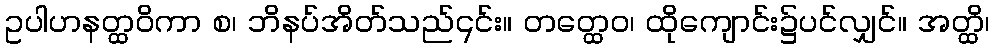
ဥပါဟနတ္ထဝိကာ စ၊ ဘိနပ်အိတ်သည်၎င်း။ တတ္ထေဝ၊ ထိုကျောင်း၌ပင်လျှင်။ အတ္ထိ၊